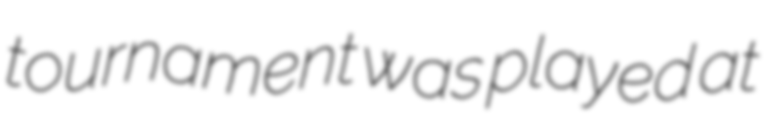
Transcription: tournament was played at